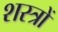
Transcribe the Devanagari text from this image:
शस्‍त्रों